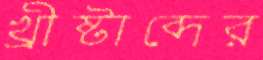
খ্রীষ্টাব্দের